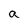
Character: a